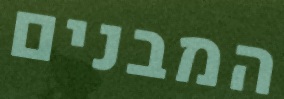
המבנים